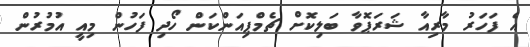
އެ ފަހަރު މާރިއާ ޝަރަޕޮވާ ބަލިކޮށް ޗެމްޕިއަންކަން ހޯދި ފަހުން މިއީ އުމުރުން